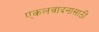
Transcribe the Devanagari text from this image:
एकलवादनासाठी